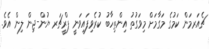
ޗެއަރމަން ކަމުގެ މަގާމަށް މިވަގުތު އިންތިހާބު ކުރެވިފައިވަނީ ޕްރީޗަރ ޔުން-ޖިން ލިން އެވެ.